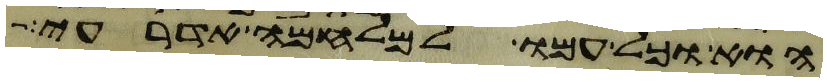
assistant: הוא וכל עמו למלחמה אדרעי